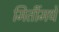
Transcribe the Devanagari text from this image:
मितींमधे